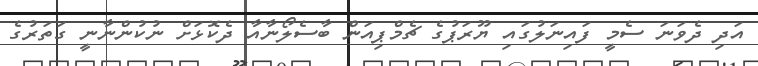
އަދި ދެވަނަ ސެމީ ފައިނަލުގައި ޔޫރަޕުގެ ޗެމްޕިއަން ބާސެލޯނާއާ ދެކޮޅަށް ނުކުންނާނީ ގަތަރުގެ